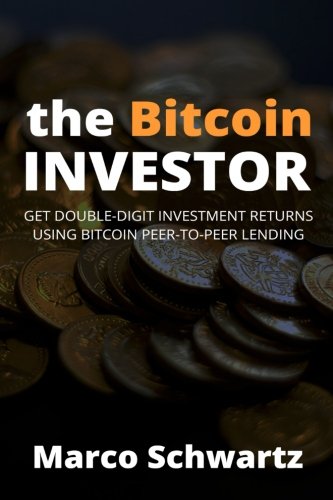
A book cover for The Bitcoin Investor: Get Double-Digit Investment Returns Using Bitcoin Peer-to-Peer Lending; Marco Schwartz; Computers & Technology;